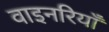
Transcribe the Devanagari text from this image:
वाइनरियाँ